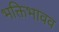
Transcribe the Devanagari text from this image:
भक्तिभावव